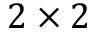
2 \times 2